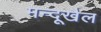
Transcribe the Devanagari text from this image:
मन्दूखैल